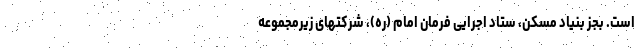
است. بجز بنیاد مسکن، ستاد اجرایی فرمان امام (ره)، شرکتهای زیرمجموعه